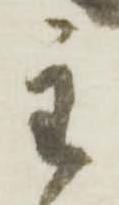
主